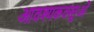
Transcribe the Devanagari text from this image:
आवश्यकवस्तुओं